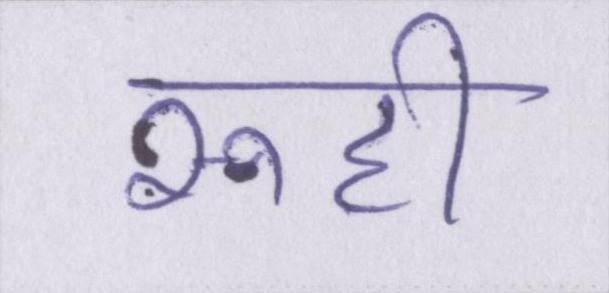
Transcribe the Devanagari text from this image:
रूही